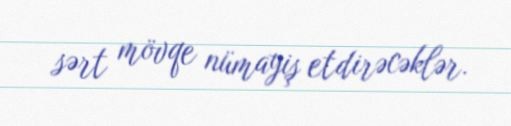
sərt mövqe nümayiş etdirəcəklər.